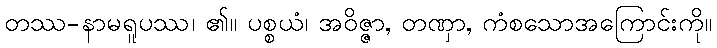
တဿ-နာမရူပဿ၊ ၏။ ပစ္စယံ၊ အဝိဇ္ဇာ, တဏှာ, ကံစသောအကြောင်းကို။